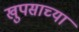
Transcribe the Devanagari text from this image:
खुपसाच्या